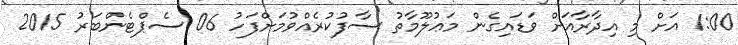
1:00 އަށް މި އިދާރާއަށް ވަޑައިގެން މަޢުލޫމާތު ސާފުކުރެއްވުމަށްފަހު 06 ސެޕްޓެންބަރު 2015